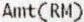
AMT(RM)